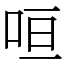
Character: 咺